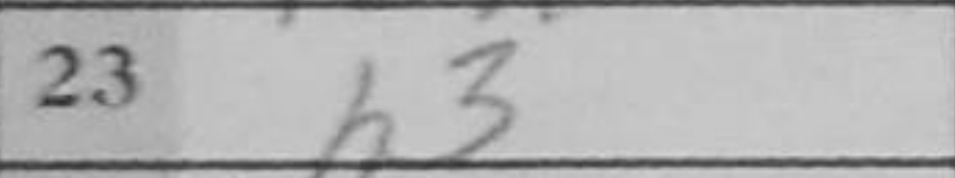
Transcription: h3